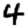
Digit: 4